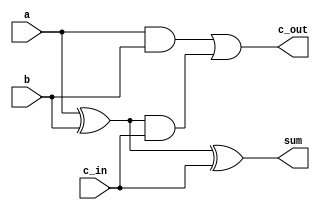
module fulladdr_1_bit (sum, c_out, a, b, c_in);

input a,b,c_in;
output sum,c_out;

wire w1,w2,w3;

xor(w1,a,b);
xor(sum,w1,c_in);
and(w2,a,b);
and(w3,w1,c_in);
or(c_out,w2,w3);

endmodule